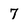
Character: 7